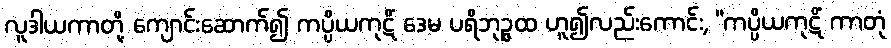
လူဒါယကာတို့ ကျောင်းဆောက်၍ ကပ္ပိယကုဋိံ ဒေမ ပရိဘုဉ္ဇထ ဟူ၍လည်းကောင်း, “ကပ္ပိယကုဋိံ ကာတုံ